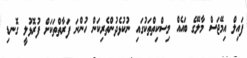
ފައިލް އިމޭޖަސް މާލޭގެ ބައެއް މިސްކިތްތަކުގައި ނުކުޅެދުންތެރިކަން ހުންނަ ފަރާތްތަކަށް ފުރޮޅުލީ ގޮނޑި